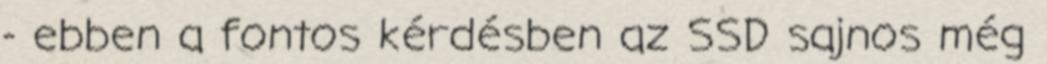
- ebben a fontos kérdésben az SSD sajnos még